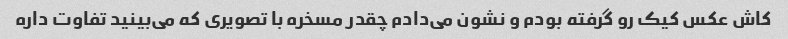
کاش عکس کیک رو گرفته بودم و نشون می‌دادم چقدر مسخره با تصویری که می‌بینید تفاوت داره